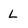
Character: L